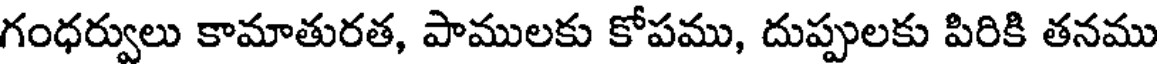
గంధర్వులు కామాతురత, పాములకు కోపము, దుప్పులకు పిరికి తనము